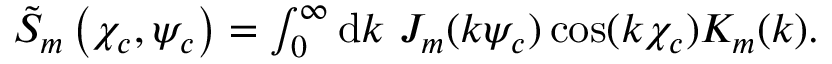
\begin{array} { r } { \tilde { S } _ { m } \left( \chi _ { c } , \psi _ { c } \right) = \int _ { 0 } ^ { \infty } \mathrm { d } k \ J _ { m } ( k \psi _ { c } ) \cos ( k \chi _ { c } ) K _ { m } ( k ) . } \end{array}